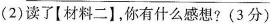
(2)读了【材料二】，你有什么感想?(3分)